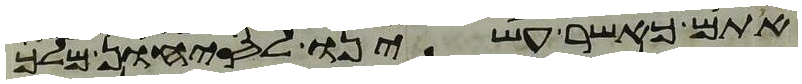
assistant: אתם כאשר עשינו לסיחון מלך